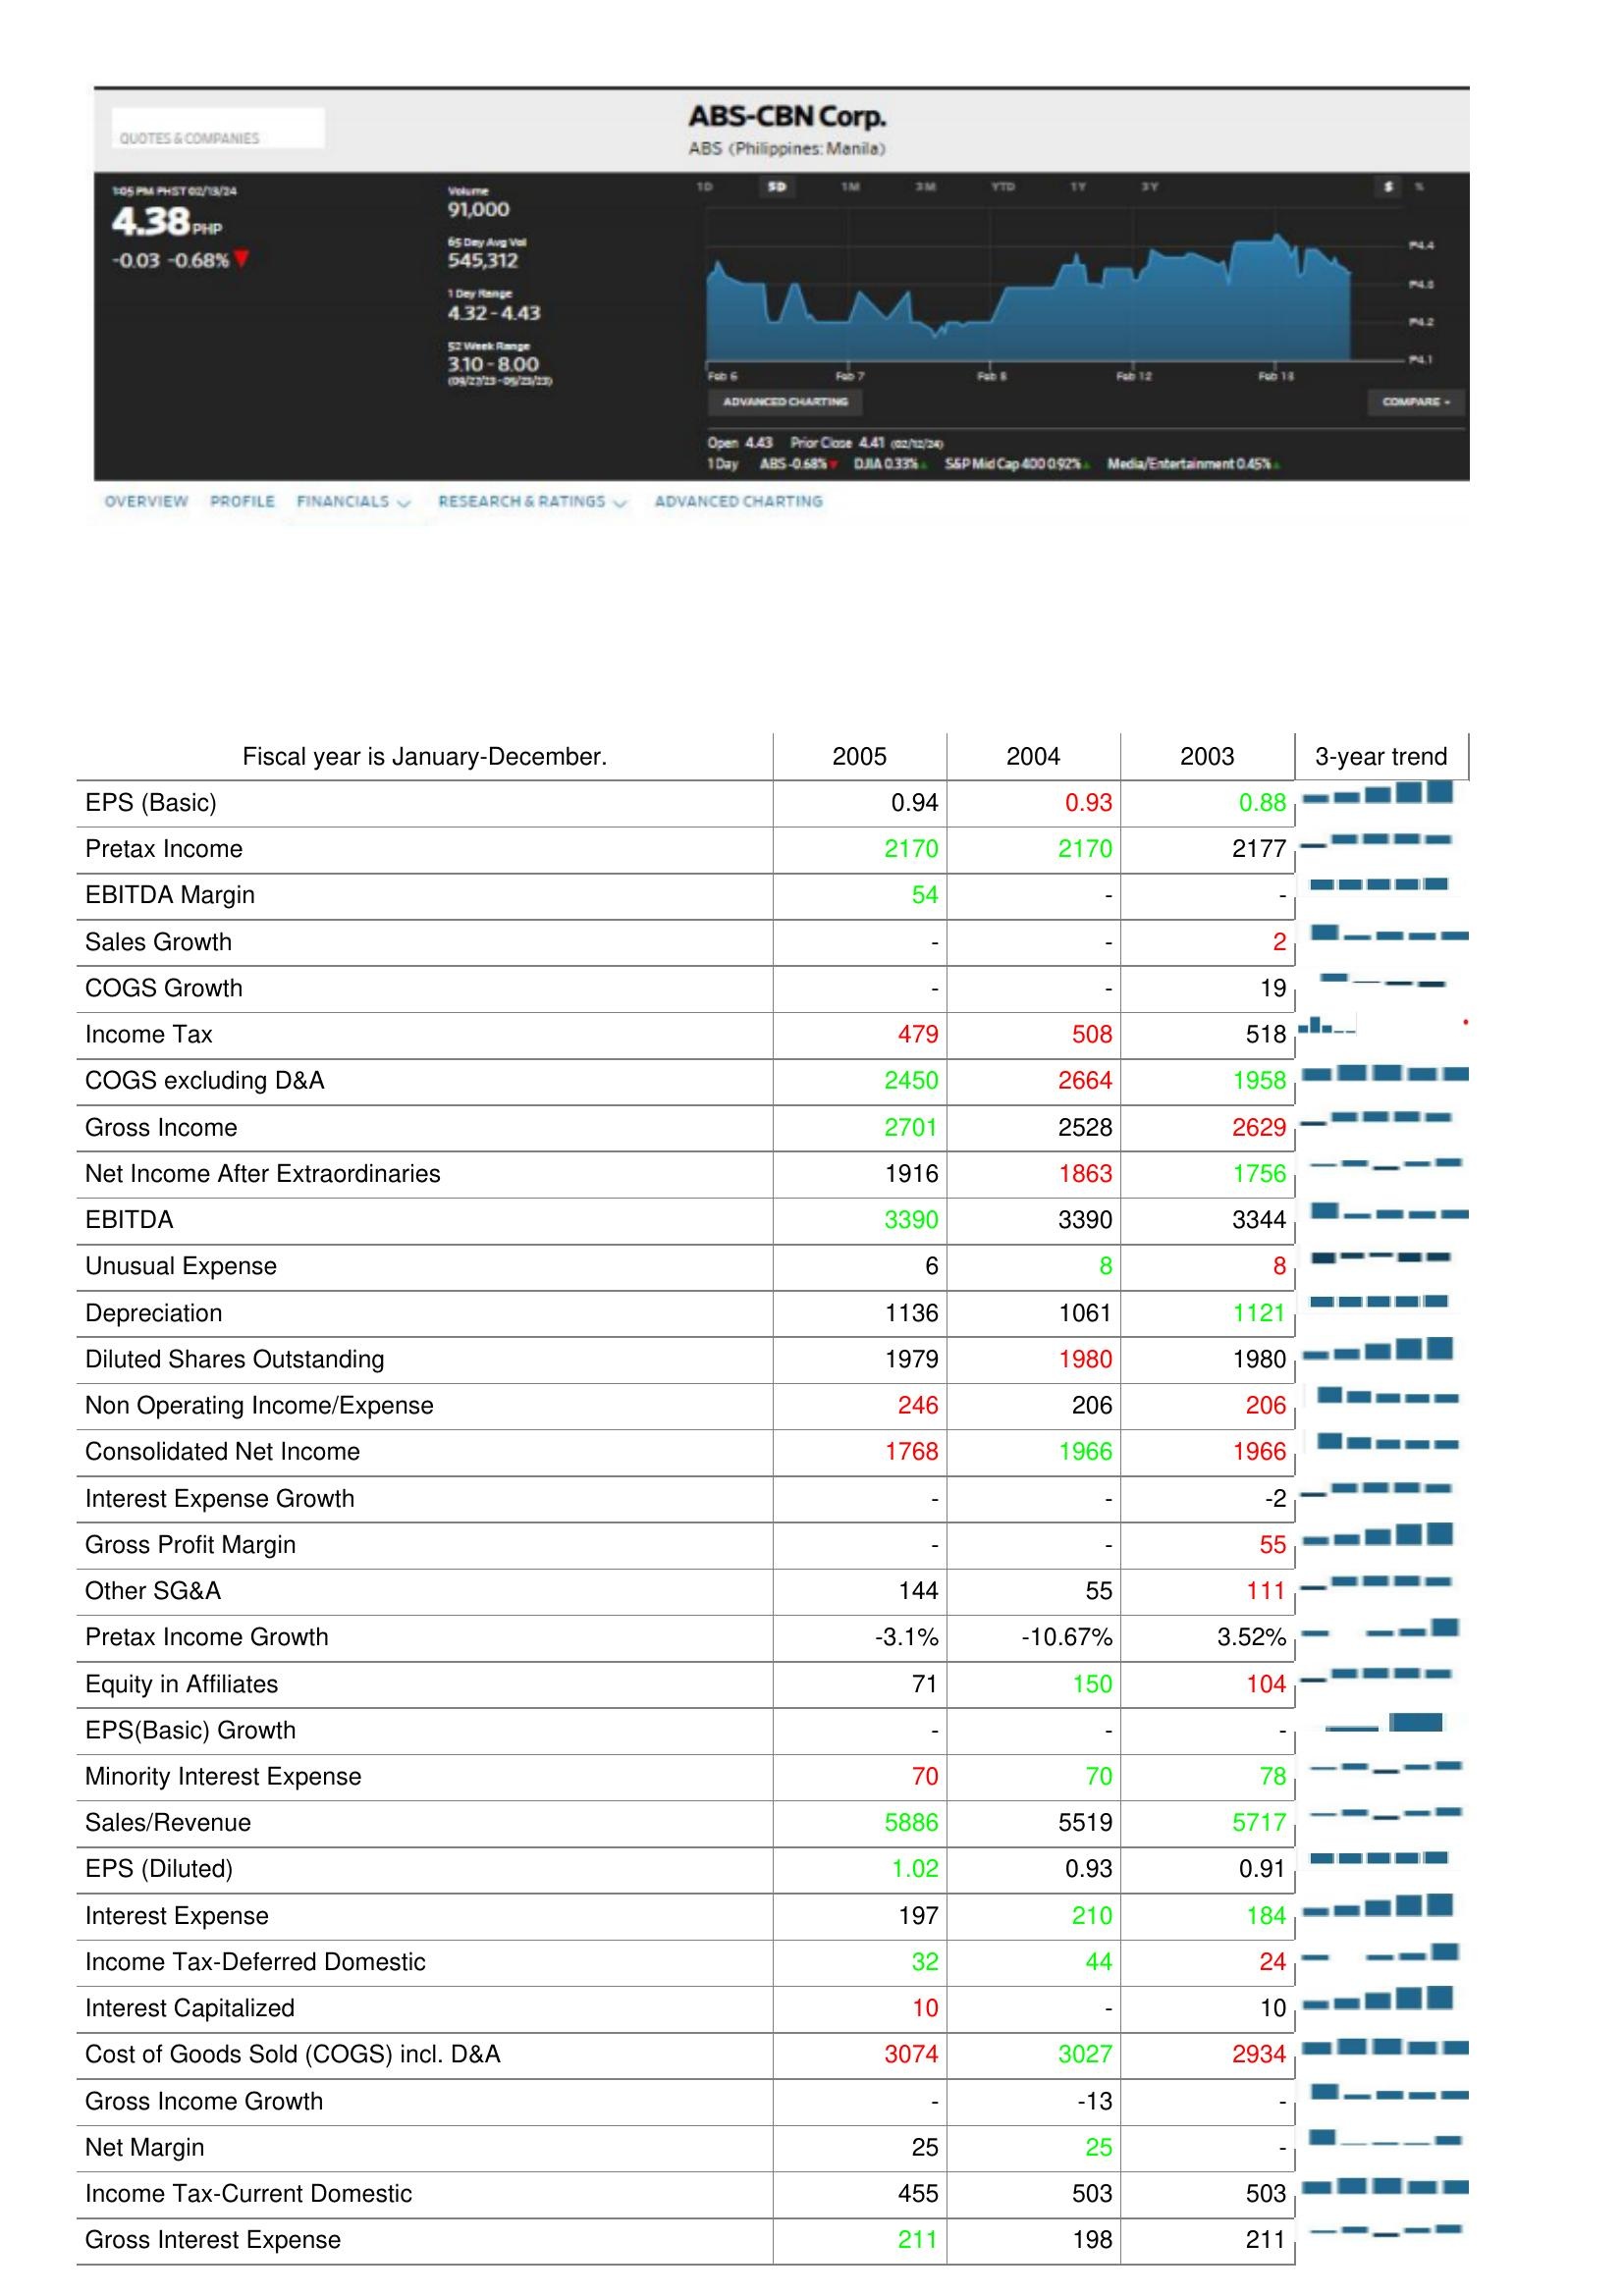
2005: : EPS (Basic): 0.94
Pretax Income: 2170
EBITDA Margin: 54
Sales Growth: -
COGS Growth: -
Income Tax: 479
COGS excluding D&A: 2450
Gross Income: 2701
Net Income After Extraordinaries: 1916
EBITDA: 3390
Unusual Expense: 6
Depreciation: 1136
Diluted Shares Outstanding: 1979
Non Operating Income/Expense: 246
Consolidated Net Income: 1768
Interest Expense Growth: -
Gross Profit Margin: -
Other SG&A: 144
Pretax Income Growth: -3.1%
Equity in Affiliates: 71
EPS(Basic) Growth: -
Minority Interest Expense: 70
Sales/Revenue: 5886
EPS (Diluted): 1.02
Interest Expense: 197
Income Tax-Deferred Domestic: 32
Interest Capitalized: 10
Cost of Goods Sold (COGS) incl. D&A: 3074
Gross Income Growth: -
Net Margin: 25
Income Tax-Current Domestic: 455
Gross Interest Expense: 211
2004: : EPS (Basic): 0.93
Pretax Income: 2170
EBITDA Margin: -
Sales Growth: -
COGS Growth: -
Income Tax: 508
COGS excluding D&A: 2664
Gross Income: 2528
Net Income After Extraordinaries: 1863
EBITDA: 3390
Unusual Expense: 8
Depreciation: 1061
Diluted Shares Outstanding: 1980
Non Operating Income/Expense: 206
Consolidated Net Income: 1966
Interest Expense Growth: -
Gross Profit Margin: -
Other SG&A: 55
Pretax Income Growth: -10.67%
Equity in Affiliates: 150
EPS(Basic) Growth: -
Minority Interest Expense: 70
Sales/Revenue: 5519
EPS (Diluted): 0.93
Interest Expense: 210
Income Tax-Deferred Domestic: 44
Interest Capitalized: -
Cost of Goods Sold (COGS) incl. D&A: 3027
Gross Income Growth: -13
Net Margin: 25
Income Tax-Current Domestic: 503
Gross Interest Expense: 198
2003: : EPS (Basic): 0.88
Pretax Income: 2177
EBITDA Margin: -
Sales Growth: 2
COGS Growth: 19
Income Tax: 518
COGS excluding D&A: 1958
Gross Income: 2629
Net Income After Extraordinaries: 1756
EBITDA: 3344
Unusual Expense: 8
Depreciation: 1121
Diluted Shares Outstanding: 1980
Non Operating Income/Expense: 206
Consolidated Net Income: 1966
Interest Expense Growth: -2
Gross Profit Margin: 55
Other SG&A: 111
Pretax Income Growth: 3.52%
Equity in Affiliates: 104
EPS(Basic) Growth: -
Minority Interest Expense: 78
Sales/Revenue: 5717
EPS (Diluted): 0.91
Interest Expense: 184
Income Tax-Deferred Domestic: 24
Interest Capitalized: 10
Cost of Goods Sold (COGS) incl. D&A: 2934
Gross Income Growth: -
Net Margin: -
Income Tax-Current Domestic: 503
Gross Interest Expense: 211